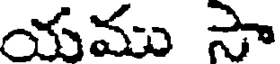
యము సా